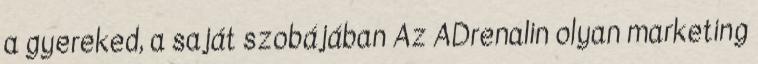
a gyereked, a saját szobájában Az ADrenalin olyan marketing